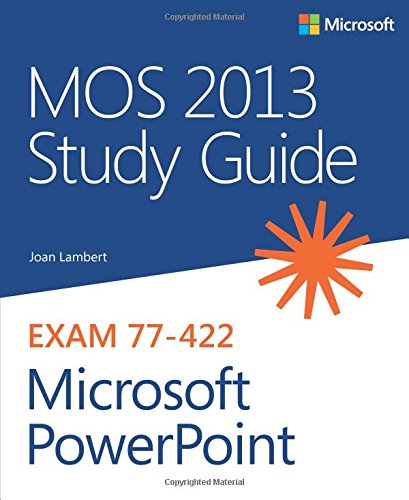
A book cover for MOS 2013 Study Guide for Microsoft PowerPoint (MOS Study Guide); Joan Lambert; Computers & Technology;